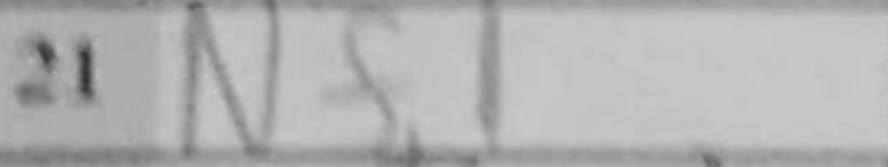
Transcription: Nf1